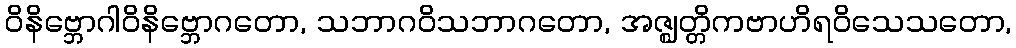
ဝိနိဗ္ဘောဂါဝိနိဗ္ဘောဂတော, သဘာဂဝိသဘာဂတော, အဇ္ဈတ္တိကဗာဟိရဝိသေသတော,